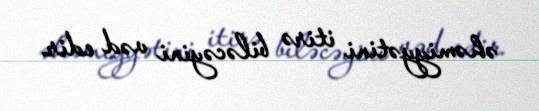
əhəmiyyətini itirə biləcəyini vəd edir.